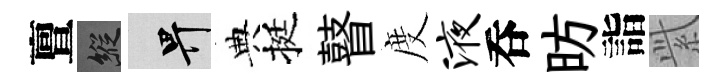
亶縱畀典挺瞽度液呑昉詣𬗋